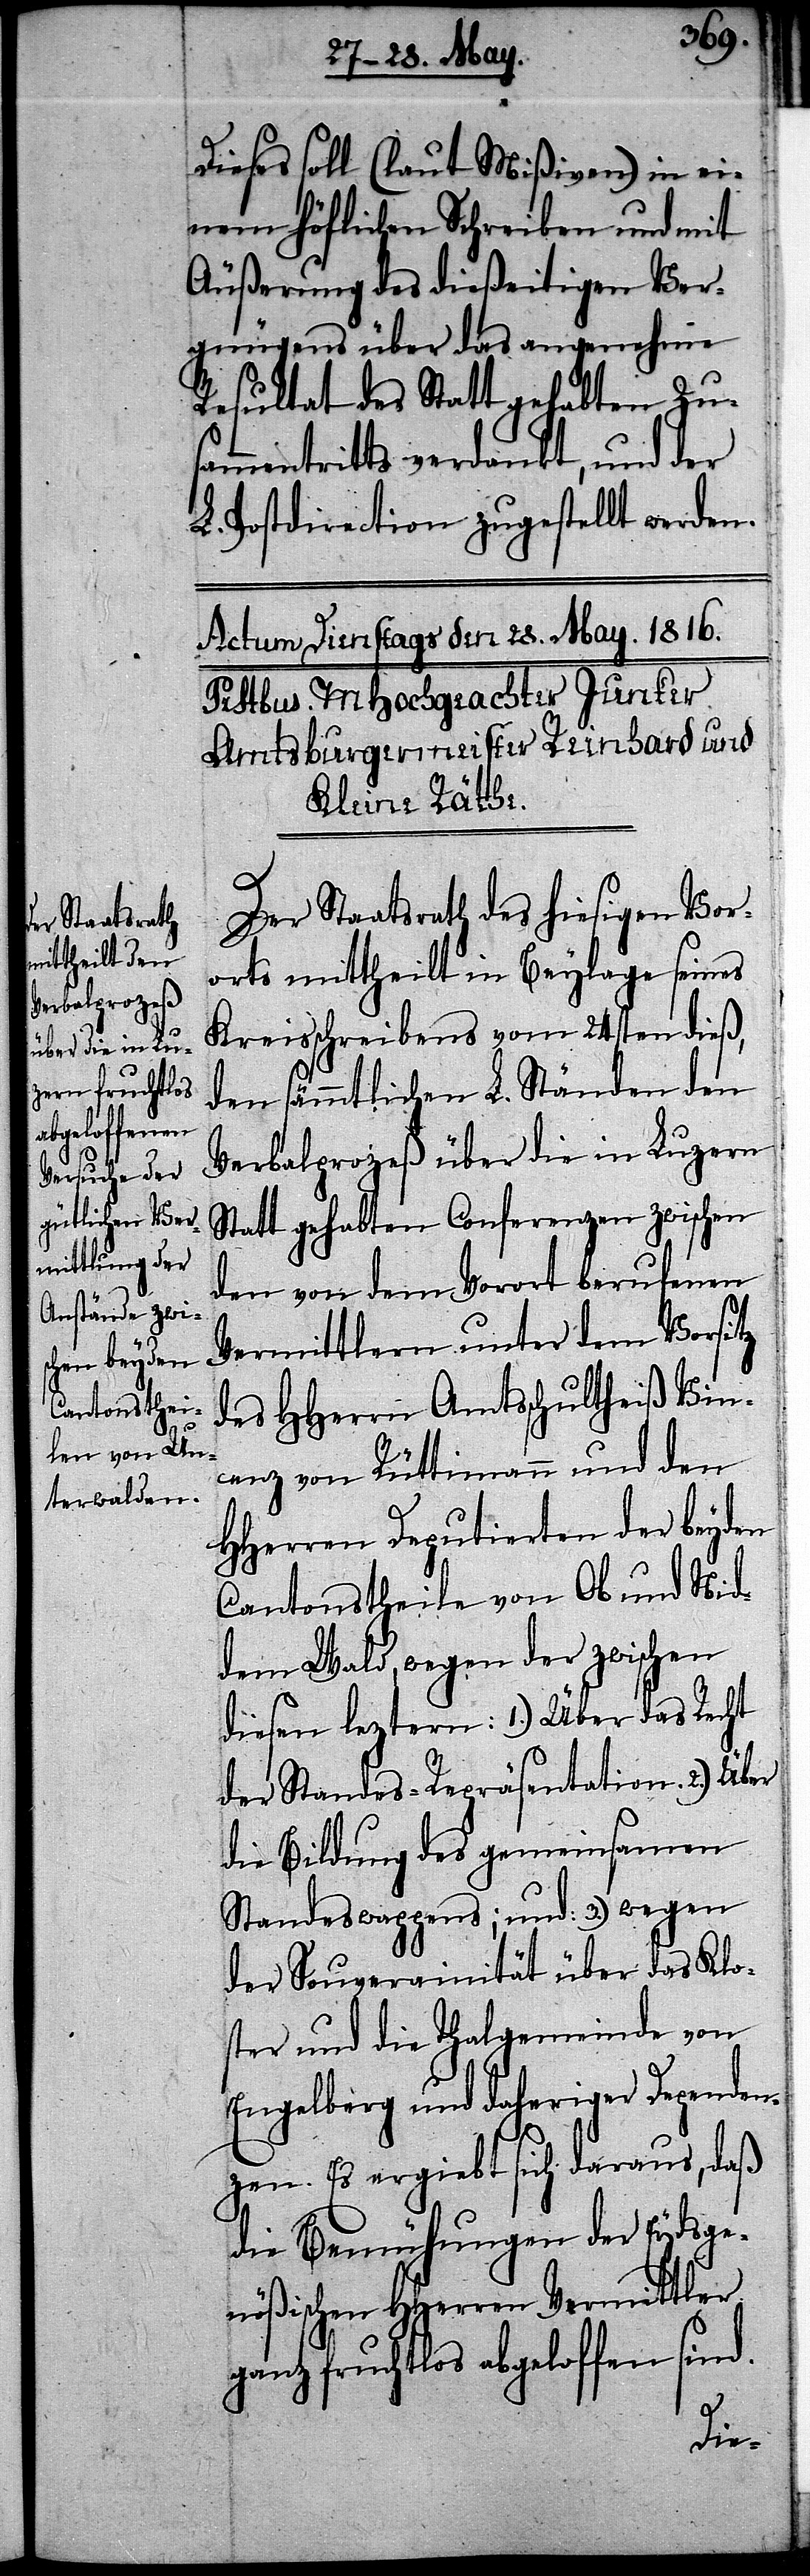
Dieses soll (laut Mißiven) in ei¬
nem höflichen Schreiben und mit
Äußerung des dießeitigen Ver¬
gnügens über das angenehme
Resultat des Statt gehabten Zu¬
sammentritts verdankt, und der
L. Postdirection zugestellt werden.
Der Staatsrath des hiesigen Vor¬
orts mittheilt in Beylage seines
Kreisschreiben vom 24sten dieß,
den sämmtlichen L. Ständen den
Verbalprozeß über die in Luzern
Statt gehabten Conferenzen zwischen
den von dem Vorort Berufenen
Vermittlern unter dem Vorsitz
des HHerrn Amtsschultheiß Vin¬
cenz von Rüttimann und den
HHerren Deputierten der beyden
Cantonstheile von Ob und Nid-d¬
em Wald, wegen der zwischen
diesen leztern: 1.) Über das Recht
der Standes-Repräsentation. 2.) Über
die Bildung des gemeinsamen
Standeswappens; und: 3.) wegen
der Souverainität über das Klo¬
ster und die Thalgemeinde von
Engelberg und daheriger Dependen¬
zen. Es ergiebt sich daraus, daß
die Bemühungen der Eydsge¬
nößischen HHerren Vermittler
ganz fruchtlos abgeloffen sind.